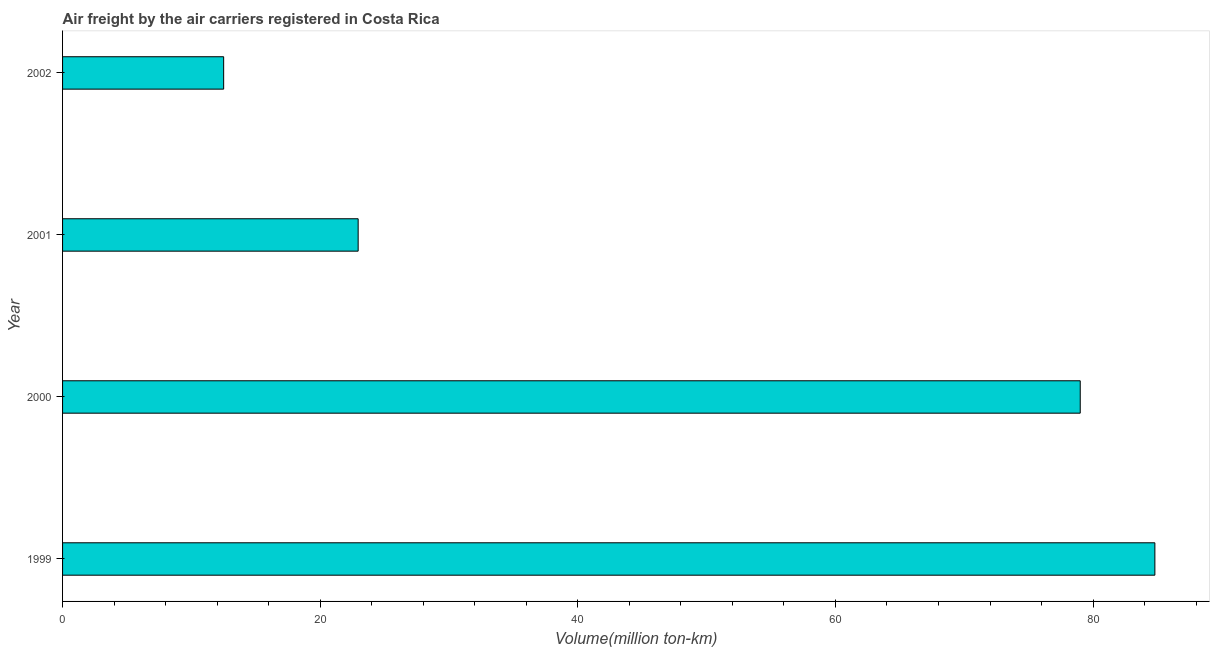
| Year | Air transport |
 | --- | --- |
 | 1999 | 84.8 |
 | 2000 | 79 |
 | 2001 | 22.9 |
 | 2002 | 12.5 |